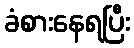
ခံစားနေရပြီး